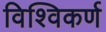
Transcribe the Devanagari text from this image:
विश्विकर्ण